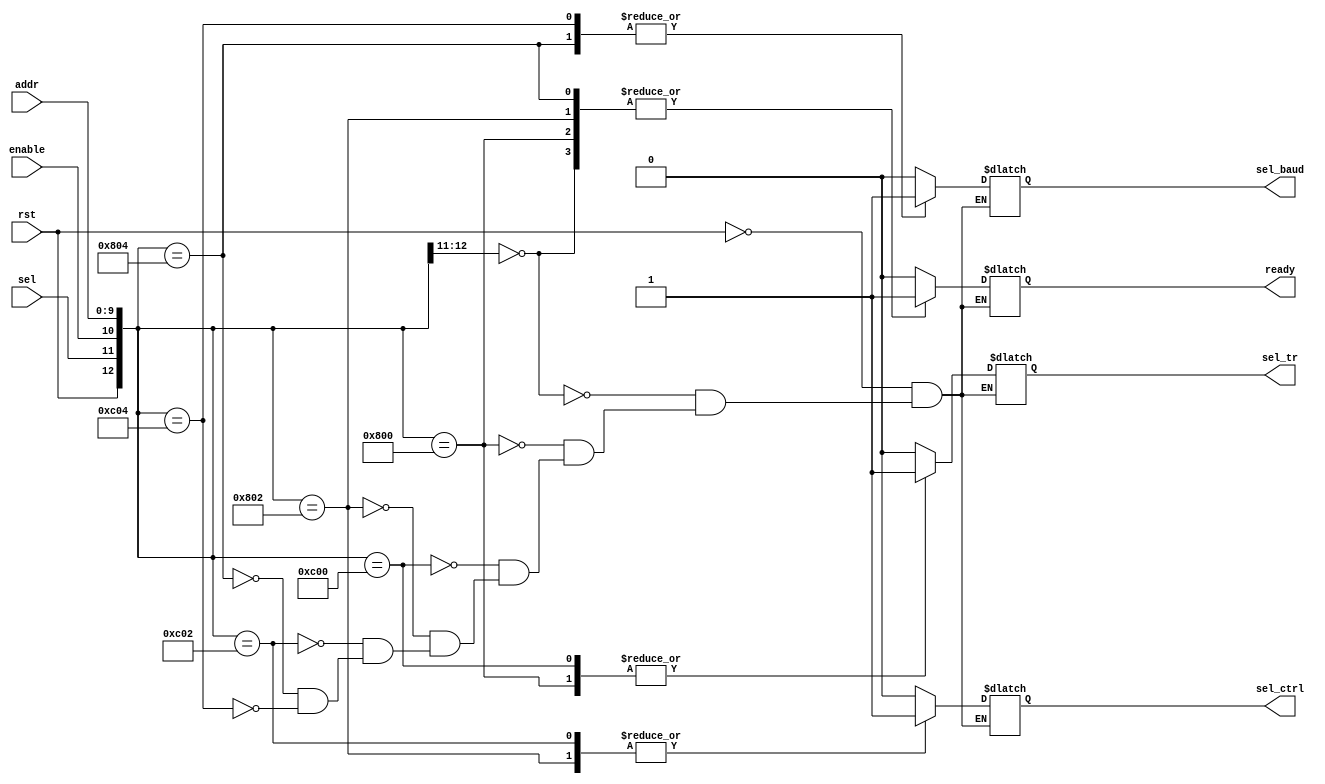
module uart_encode_cp
(
	input wire			rst,
	input wire			sel,
	input wire			enable,
	input wire [11:2] addr,
	
	output reg sel_tr,
	output reg sel_ctrl,
	output reg sel_baud,
	output reg ready
);

always @ *
begin

	casex ({rst, sel, enable, addr})
	
	{1'b1, 1'bx, 1'bx, 10'dx}: {sel_tr, sel_ctrl, sel_baud, ready} <= {1'b0, 1'b0, 1'b0, 1'b0};	// reset control
	
	{1'b0, 1'b0, 1'bx, 10'dx}: {sel_tr, sel_ctrl, sel_baud, ready} <= {1'b0, 1'b0, 1'b0, 1'b1};	// idling
	
	// addr = 0x00. sel_tr = 1: READ/WRITE DATA
	{1'b0, 1'b1, 1'b0, 10'd0}: {sel_tr, sel_ctrl, sel_baud, ready} <= {1'b1, 1'b0, 1'b0, 1'b1};	// waiting to transmit/receive
	{1'b0, 1'b1, 1'b1, 10'd0}: {sel_tr, sel_ctrl, sel_baud, ready} <= {1'b1, 1'b0, 1'b0, 1'b0};	// transmit/receive
	
	// addr = 0x08. sel_ctrl = 1: ENABLE TX MODE
	{1'b0, 1'b1, 1'b0, 10'd2}: {sel_tr, sel_ctrl, sel_baud, ready} <= {1'b0, 1'b1, 1'b0, 1'b1};	// waiting to modify CTRL reg
	{1'b0, 1'b1, 1'b1, 10'd2}: {sel_tr, sel_ctrl, sel_baud, ready} <= {1'b0, 1'b1, 1'b0, 1'b0};	// modifying CTRL reg
	
	// addr = 0x10. sel_baud = 1: BAUDRATE SETTING
	{1'b0, 1'b1, 1'b0, 10'd4}: {sel_tr, sel_ctrl, sel_baud, ready} <= {1'b0, 1'b0, 1'b1, 1'b1};	// waiting to set bauddiv
	{1'b0, 1'b1, 1'b1, 10'd4}: {sel_tr, sel_ctrl, sel_baud, ready} <= {1'b0, 1'b0, 1'b1, 1'b0};	// setting bauddiv
	
	endcase

end

endmodule